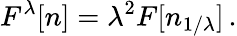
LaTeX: F^{\lambda}[n]=\lambda^{2}F[n_{1/\lambda}]\, .